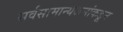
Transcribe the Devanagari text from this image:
सर्वसामान्यजनांकडून